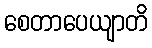
စေတာပေယျာတိ